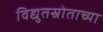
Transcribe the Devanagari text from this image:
विद्युतस्रोताच्या